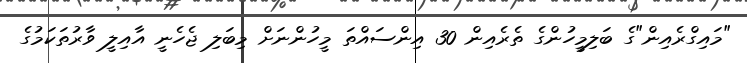
"މައިގްރެއިން"ގެ ބަލިމީހުންގެ ތެރެއިން 30 އިންސައްތަ މީހުންނަށް މިބަލި ޖެހެނީ އާއިލީ ވާރުތަކަމުގެ